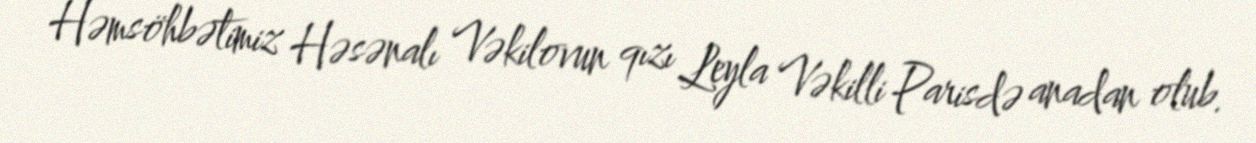
Həmsöhbətimiz Həsənalı Vəkilovun qızı Leyla Vəkilli Parisdə anadan olub.